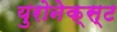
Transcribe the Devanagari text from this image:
युरोनेक्स्ट